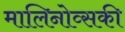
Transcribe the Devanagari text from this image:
मालिनोव्सकी